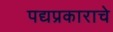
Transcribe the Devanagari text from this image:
पद्यप्रकाराचे